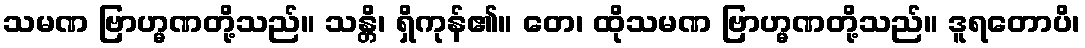
သမဏ ဗြာဟ္မဏတို့သည်။ သန္တိ၊ ရှိကုန်၏။ တေ၊ ထိုသမဏ ဗြာဟ္မဏတို့သည်။ ဒူရတောပိ၊